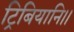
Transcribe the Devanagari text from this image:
ट्रिबियानि।।